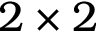
2 \times 2